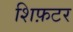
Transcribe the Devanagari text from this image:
शिफ़टर